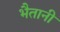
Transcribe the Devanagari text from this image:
भैतानी